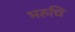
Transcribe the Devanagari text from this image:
भरुचि